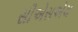
સીએસએચ